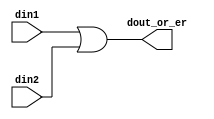
module or_er #(parameter DWIDTH = 8) (din1,din2,dout_or_er);
input [DWIDTH-1:0] din1;
input [DWIDTH-1:0] din2;
output [DWIDTH-1:0] dout_or_er;

assign dout_or_er = din1|din2;

endmodule